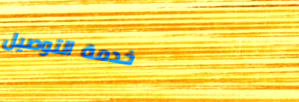
خدمة التوصيل